Annual administration report of the Civil Veterinary Department of India - 1897-1898
Year: 1897
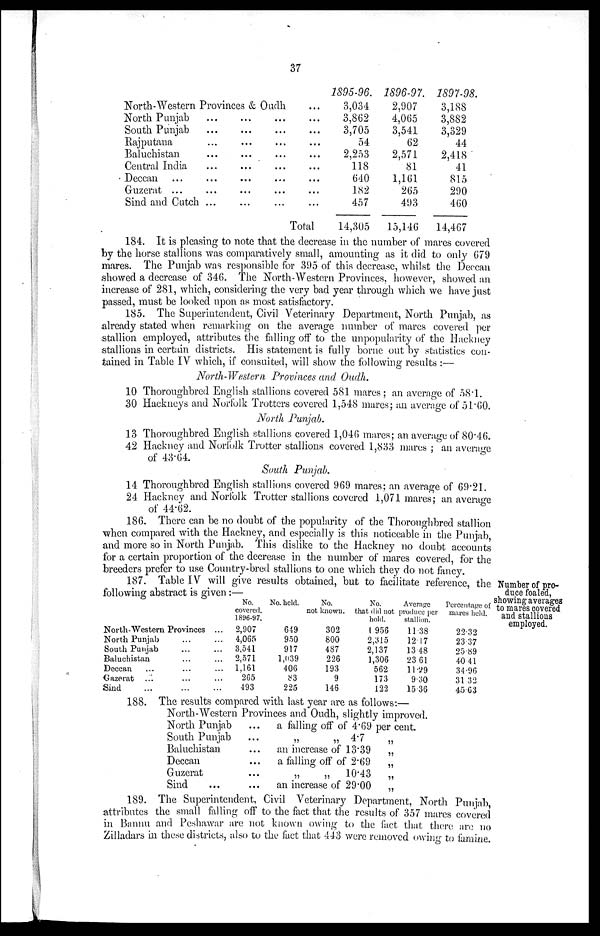
37
North-Western Provinces & Oudh
North Punjab
South Punjab
Rajputana
Baluchistan
Central India
Deccan
Guzerat ...
Sind and Cutch
...
...
...
...
...
...
...
...
...
...
...
...
...
...
...
...
...
...
...
...
...
...
...
...
...
...
...
...
...
...
...
...
...
Total
1895-96.
3,034
3,862
3,705
54
2,253
118
640
182
457
14,305
1896-97.
2,907
4,065
3,541
62
2,571
81
1,161
265
493
15,146
1897-98.
3,188
3,882
3,329
44
2,418
41
815
290
460
14,467
184. It is pleasing to note that the decrease in the number of mares covered
by the horse stallions was comparatively small, amounting as it did to only 679
mares. The Punjab was responsible for 395 of this decrease, whilst the Deccan
showed a decrease of 346. The North-Western Provinces, however, showed an
increase of 281, which, considering the very bad year through which we have just
passed, must be looked upon as most satisfactory.
185. The Superintendent, Civil Veterinary Department, North Punjab, as
already stated when remarking on the average number of mares covered per
stallion employed, attributes the falling off to the unpopularity of the Hackney
stallions in certain districts. His statement is fully borne out by statistics con-
tained in Table IV which, if consulted, will show the following results :—
North-Western Provinces and Oudh.
10 Thoroughbred English stallions covered 581 mares ; an average of 58.l.
30 Hackneys and Norfolk Trotters covered 1,548 mares; an average of 51.60.
North Punjab.
13 Thoroughbred English stallions covered 1,046 mares; an average of 80.46.
42 Hackney and Norfolk Trotter stallions covered 1,833 mares ; an average
of 43.64.
South Punjab.
14 Thoroughbred English stallions covered 969 mares; an average of 69.21.
24 Hackney and Norfolk Trotter stallions covered 1,071 mares; an average
of 44.62.
186. There can be no doubt of the popularity of the Thoroughbred stallion
when compared with the Hackney, and especially is this noticeable in the Punjab,
and more so in North Punjab. This dislike to the Hackney no doubt accounts
for a certain proportion of the decrease in the number of mares covered, for the
breeders prefer to use Country-bred stallions to one which they do not fancy.
187. Table IV will give results obtained, but to facilitate reference, the
following abstract is given:—
Number of pro-
duce foaled,
showing averages
to mares covered
and stallions
employed.
North-Western Provinces ...
North Punjab ... ...
South Punjab
......
Baluchistan...
Deccan...
Gazerat
...
...
...
Sind
No.
covered.
1896-97.
2,907
4,065
3,541
2,571
1,161
265
493
No. held.
649
950
917
1,039
406
83
225
No.
not known.
302
800
487
226
193
9
146
No.
that did not
hold.
1,956
2,315
2,137
1,306
562
173
122
Average
produce per
stallion.
11.38
12.17
1348
23 61
11.29
9.30
15.36
Percentage of
mares held.
22.32
23.37
25.89
40.41
34.96
31.32
45.63
188. The results compared with last year are as follows:—
North-Western Provinces and Oudh, slightly improved.
North Punjab
South Punjab
Baluchistan
Deccan
Guzerat
Sind
...
...
...
...
...
a falling off of 4.69
„ „ 4.7
an increase of 13.39
a falling off of 2.69
„ „ 10.43
an increase of 29.00
per cent.
„
„
„
„
„
189. The Superintendent, Civil Veterinary Department, North Punjab,
attributes the small falling off to the fact that the results of 357 mares covered
in Bannu and Peshawar are not known owing to the fact that there are no
Zilladars in these districts, also to the fact that 443 were removed owing to famine.